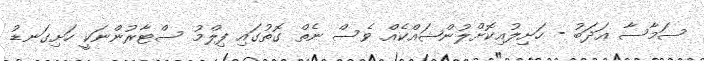
ސަމާސާ އަދަބު - ހަށިލުއިކޮށްލުންޝައްކެއް ވެސް ނެތް ގޮތުގައި ފިލްމު ސްޓާރުންނަކީ ހަށިގަނޑު